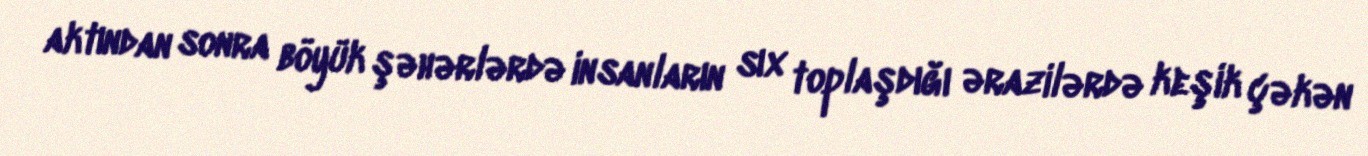
aktından sonra böyük şəhərlərdə insanların sıx toplaşdığı ərazilərdə keşik çəkən